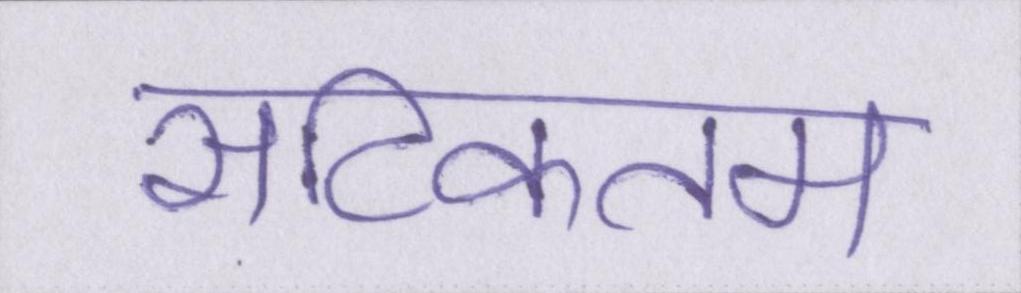
सटिकतम